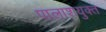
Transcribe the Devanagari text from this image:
पालाशयुक्त